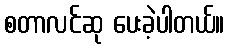
စတာလင်ဆု ပေးခဲ့ပါတယ်။